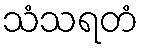
သံသရတံ